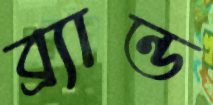
ব্র্যান্ড